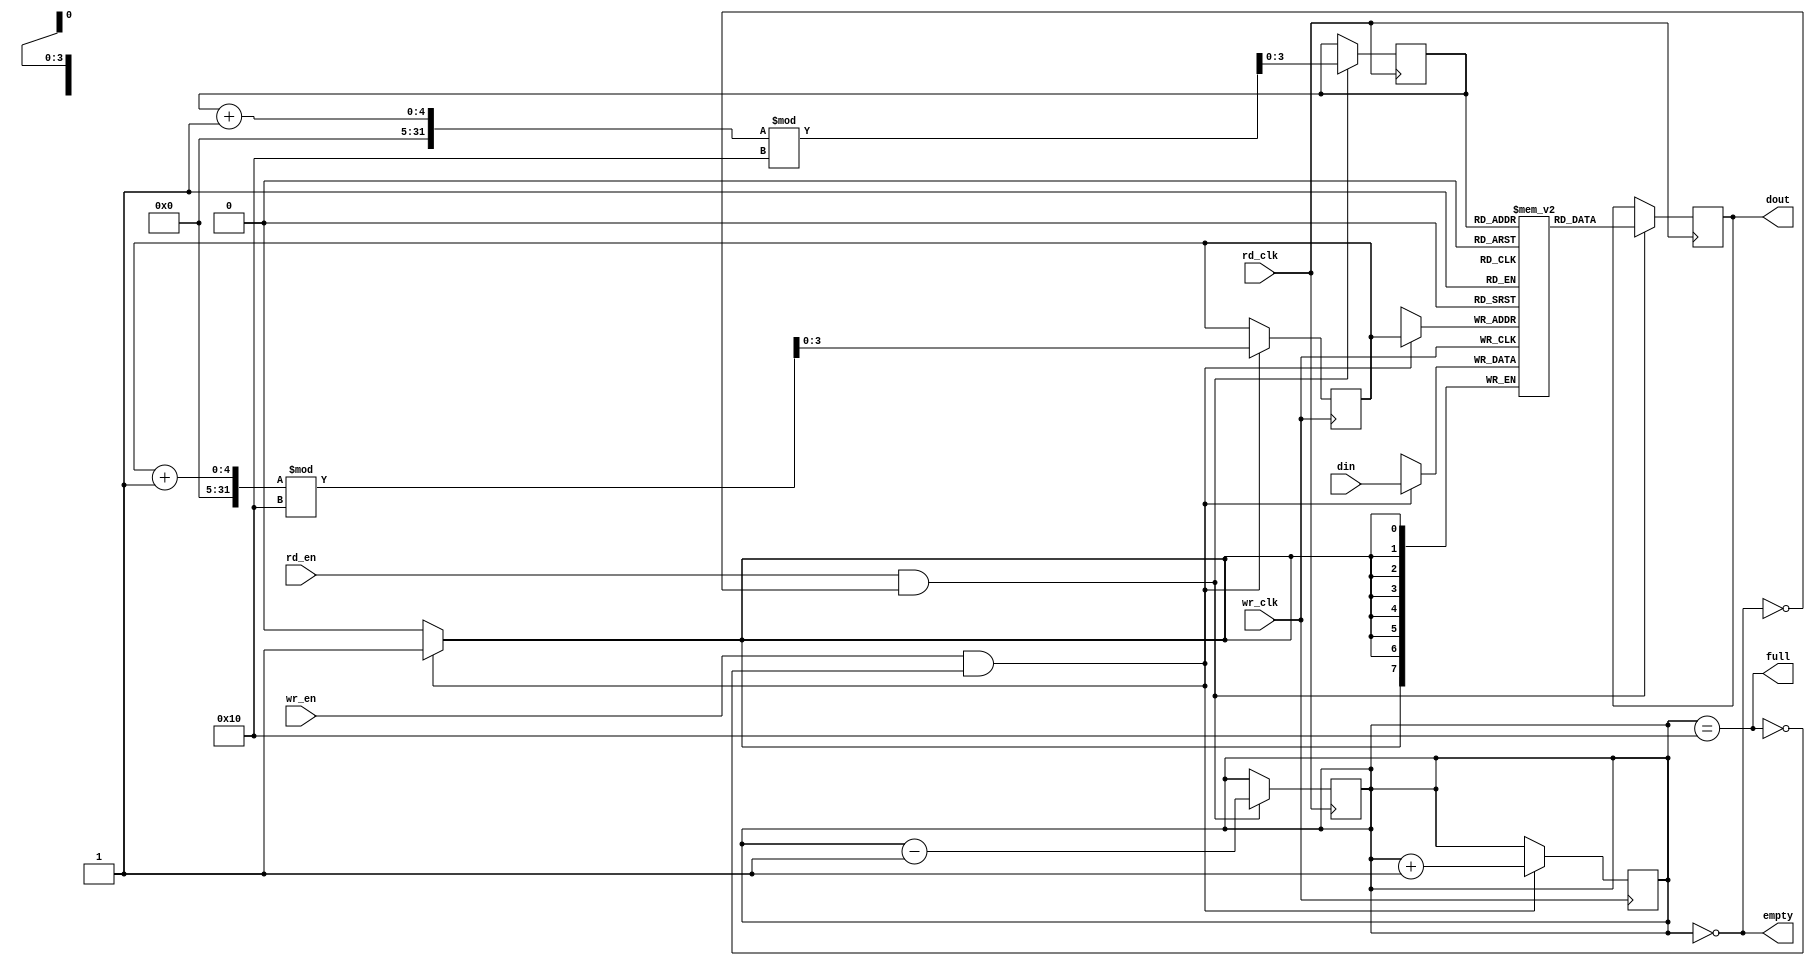
module fifo_sync #(
    parameter DATA_WIDTH = 8,
    parameter FIFO_DEPTH = 16
)(
    input wire wr_clk,          // Write clock (source clock domain)
    input wire rd_clk,          // Read clock (destination clock domain)
    input wire wr_en,           // Write enable
    input wire rd_en,           // Read enable
    input wire [DATA_WIDTH-1:0] din, // Data input
    output wire [DATA_WIDTH-1:0] dout, // Data output
    output wire full,           // FIFO full indicator
    output wire empty           // FIFO empty indicator
);

    // FIFO memory
    reg [DATA_WIDTH-1:0] fifo_mem [0:FIFO_DEPTH-1];
    reg [3:0] wr_ptr;          // Write pointer
    reg [3:0] rd_ptr;          // Read pointer
    reg [4:0] count;           // Data count

    // Write logic
    always @(posedge wr_clk) begin
        if (wr_en && !full) begin
            fifo_mem[wr_ptr] <= din; // Write data to FIFO
            wr_ptr <= (wr_ptr + 1) % FIFO_DEPTH; // Increment write pointer
            count <= count + 1; // Increment data count
        end
    end

    // Read logic
    always @(posedge rd_clk) begin
        if (rd_en && !empty) begin
            dout <= fifo_mem[rd_ptr]; // Read data from FIFO
            rd_ptr <= (rd_ptr + 1) % FIFO_DEPTH; // Increment read pointer
            count <= count - 1; // Decrement data count
        end
    end

    // FIFO status signals
    assign full = (count == FIFO_DEPTH);
    assign empty = (count == 0);

endmodule